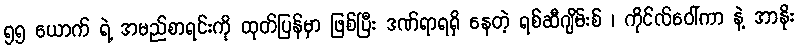
၅၅ ယောက် ရဲ့ အမည်စာရင်းကို ထုတ်ပြန်မှာ ဖြစ်ပြီး ဒဏ်ရာရရှိ နေတဲ့ ရစ်ဆီဂျိမ်းစ် ၊ ကိုင်လ်ဝေါ်ကာ နဲ့ အာနိုး